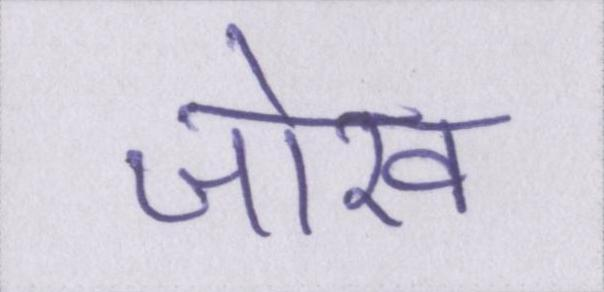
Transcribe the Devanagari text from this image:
जोख